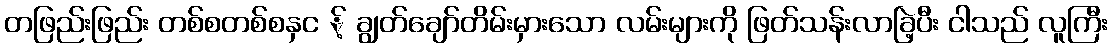
တဖြည်းဖြည်း တစ်စတစ်စနှင ့် ချွတ်ချော်တိမ်းမှားသော လမ်းများကို ဖြတ်သန်းလာခြဲ့ပီး ငါသည် လူကြီး